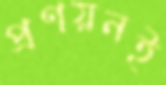
প্রণয়নই